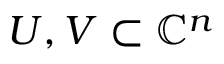
U , V \subset \mathbb { C } ^ { n }